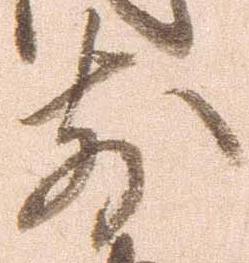
前